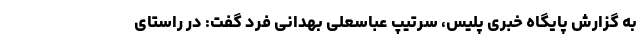
به گزارش پایگاه خبری پلیس، سرتیپ عباسعلی بهدانی فرد گفت: در راستای